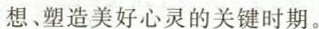
想、塑造美好心灵的关键时期。